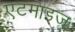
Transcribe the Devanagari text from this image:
एटमाइज